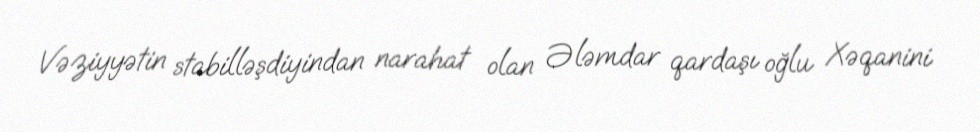
Vəziyyətin stabilləşdiyindan narahat olan Ələmdar qardaşı oğlu Xəqanini